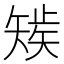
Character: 𰦚